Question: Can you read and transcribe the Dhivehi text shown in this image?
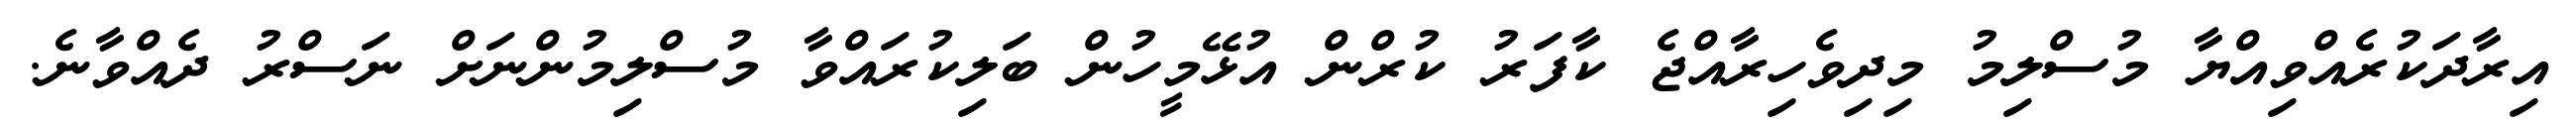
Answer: އިރާދަކުރެއްވިއްޔާ މުސްލިމު މިދިވެހިރާއްޖެ ކާފަރު ކުރްން އުޅޭމީހުން ބަލިކުރައްވާ މުސްލިމުންނަށް ނަސްރު ދެއްވާނެ.